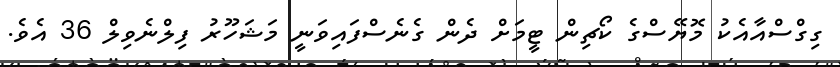
ގިގްސްއާއެކު މޮޔޭސްގެ ކޯޗިން ޓީމަށް ދެން ގެނެސްފައިވަނީ މަޝަހޫރު ފިލްނެވިލް 36 އެވެ.